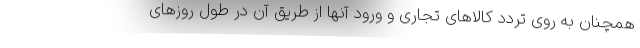
همچنان به روی تردد کالاهای تجاری و ورود آنها از طریق آن در طول روزهای